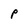
Character: P